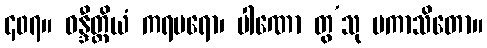
၄၀၇။ ဝန္ဒီတ္ထိယံ ကရမရော၊ ပါဏော တွ’သု ပကာသိတော။